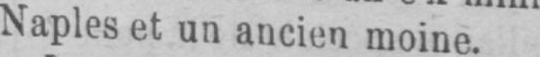
Naples et un ancien moine.